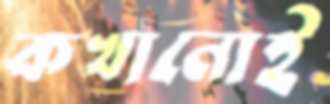
কখানোই